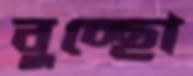
বুচ্ছো